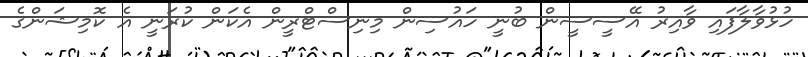
ހުޅުވާލާފައި ވާއިރު އޭސީސީން ބުނީ ހައުސިން މިނިސްޓްރީން އެކަން ކުރަނީ އެ ކޮމިޝަންގެ